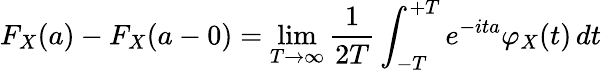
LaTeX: F_{X}(a)-F_{X}(a-0)=\operatorname*{lim}_{T\to\infty}{\frac{1}{2T}}\int_{-T}^{+T}e^{-ita}\varphi_{X}(t)\, dt